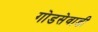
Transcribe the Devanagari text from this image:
गोडसेवाडी